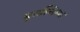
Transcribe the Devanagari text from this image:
मुसल्लिम्मा